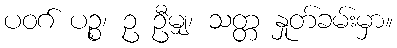
ပဝဂ် ပဉ္စ၊ ဥ ဦမျှ၊ သတ္တ နှုတ်ခမ်းမှာ။